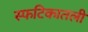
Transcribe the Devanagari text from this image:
स्फटिकातली